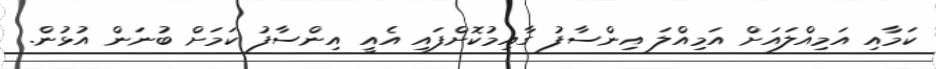
ކަމާއި އަމިއްލައަށް އަމިއްލަ އިންސާފު ގާއިމުކޮށްފައި އެއީ އިންސާފު ކަމަށް ބުނަން އުޅުން.